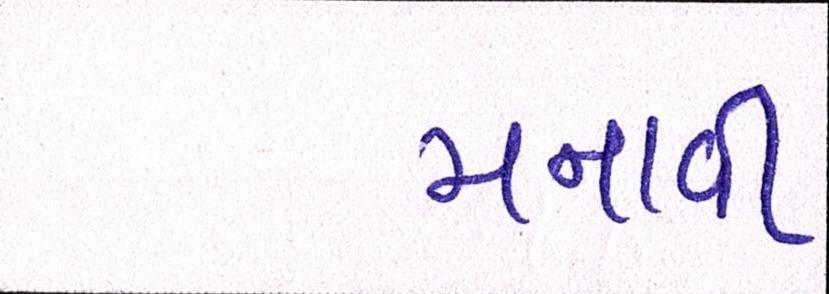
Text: મનાવી